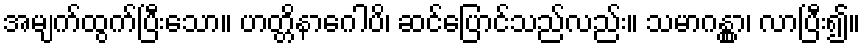
အမျက်ထွက်ပြီးသော။ ဟတ္တိနာဂေါပိ၊ ဆင်ပြောင်သည်လည်း။ သမာဂန္တွာ၊ လာပြီး၍။